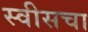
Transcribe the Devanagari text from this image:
स्वीसचा